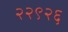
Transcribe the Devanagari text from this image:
२२९२६